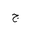
Letter: _gim